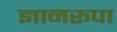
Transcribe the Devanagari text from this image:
ज्ञानरूपा